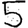
Digit: 5